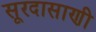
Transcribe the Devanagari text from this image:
सूरदासाणी